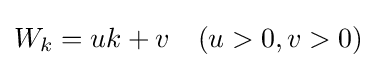
W_{k}=uk+v\quad (u>0,v>0)